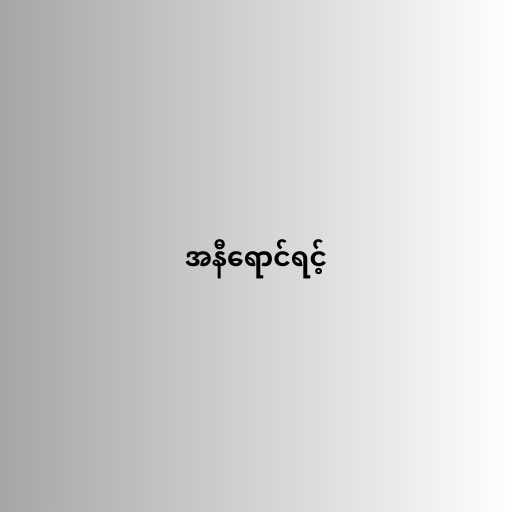
အနီရောင်ရင့်